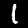
Label: 1